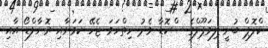
ކްލޮޕް ބުނީ ލިވަޕޫލްގެ ސްކޮޑާ މެދު ހިތްހަމަ ޖެހޭ ކަމަށާއި ރޮނާލްޑޯ އާއި